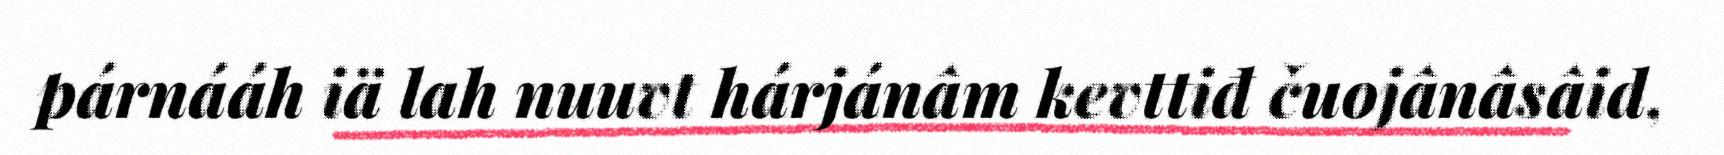
párnááh iä lah nuuvt hárjánâm kevttiđ čuojânâsâid,